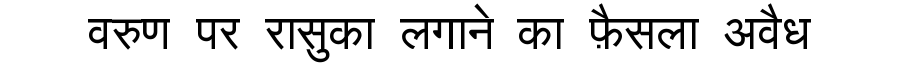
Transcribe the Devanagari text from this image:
वरुण पर रासुका लगाने का फ़ैसला अवैध